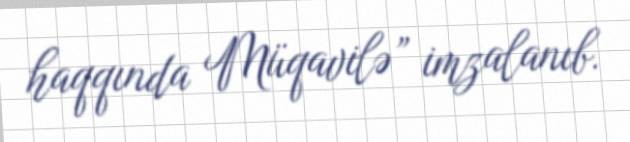
haqqında Müqavilə” imzalanıb.